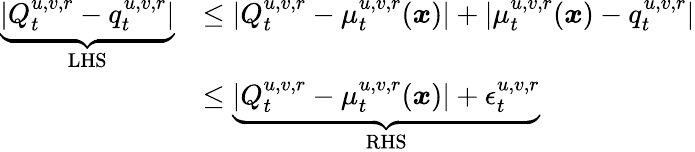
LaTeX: \begin{array}{rl}{\underbrace{\left|Q_{t}^{u,v,r}-{q}_{t}^{u,v,r}\right|}_{\mathrm{LHS}}}&{\leq\left|Q_{t}^{u,v,r}-{\mu}_{t}^{u,v,r}(\boldsymbol{x})\right|+\left|{\mu}_{t}^{u,v,r}(\boldsymbol{x})-{q}_{t}^{u,v,r}\right|}\\ &{\leq\underbrace{\left|Q_{t}^{u,v,r}-{\mu}_{t}^{u,v,r}(\boldsymbol{x})\right|+\epsilon_{t}^{u,v,r}}_{\mathrm{RHS}}}\end{array}